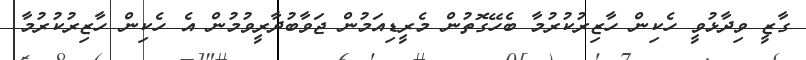
ގާޒީ ވިދާޅުވީ ހެކިން ހާޒިރުކުރުމާ ބެހޭގޮތުން މެރީޑިއަމުން ޖަވާބުދާރީވުމުން އެ ހެކިން ހާޒިރުކުރުމާ